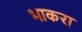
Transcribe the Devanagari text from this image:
भाकरा